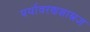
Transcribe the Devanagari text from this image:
पर्यावरणशास्त्रज्ञ